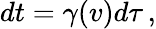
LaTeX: dt=\gamma(v)d\tau\, ,